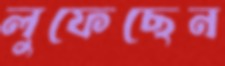
লুফেছেন